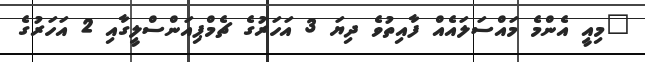
"މިއީ އެންމެ މައްސަލައެއް ފާއިތުވެ ދިޔަ 3 އަހަރުގެ ޗެމްޕިއަންސްލީގާއި 2 އަހަރުގެ